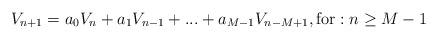
LaTeX: \begin{align*}V_{n+1}=a_{0}V_{n}+a_{1}V_{n-1}+...+a_{M-1}V_{n-M+1},\mbox{for}:n\geq M-1\end{align*}